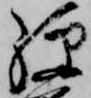
経